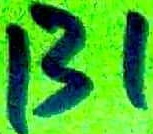
Text: 131